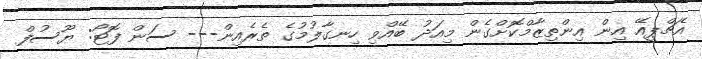
އެޗްޕީއޭ އިން އިންތިޒާމްކޮށްގެން މިއަދު ބޭއްވި ހިނގާލުމުގެ ތެރެއިން--- ސަން ފޮޓޯ: ޔޫސުފް